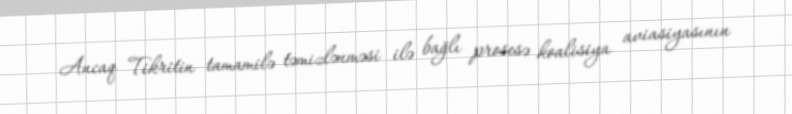
Ancaq Tikritin tamamilə təmizlənməsi ilə bağlı prosesə koalisiya aviasiyasının